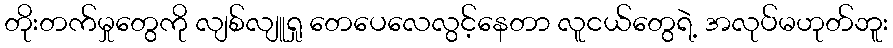
တိုးတက်မှုတွေကို လျစ်လျူရှု တေပေလေလွင့်နေတာ လူငယ်တွေရဲ့ အလုပ်မဟုတ်ဘူး